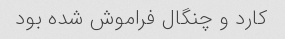
کارد و چنگال فراموش شده بود